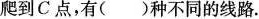
爬到C点，有( )种不同的线路。